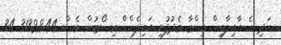
އަދި އެ އާއިލާއިން ހިންގާ މެދުފުށި އައިލެންޑް ރިސޯޓުން ވެސް 31328.44 34